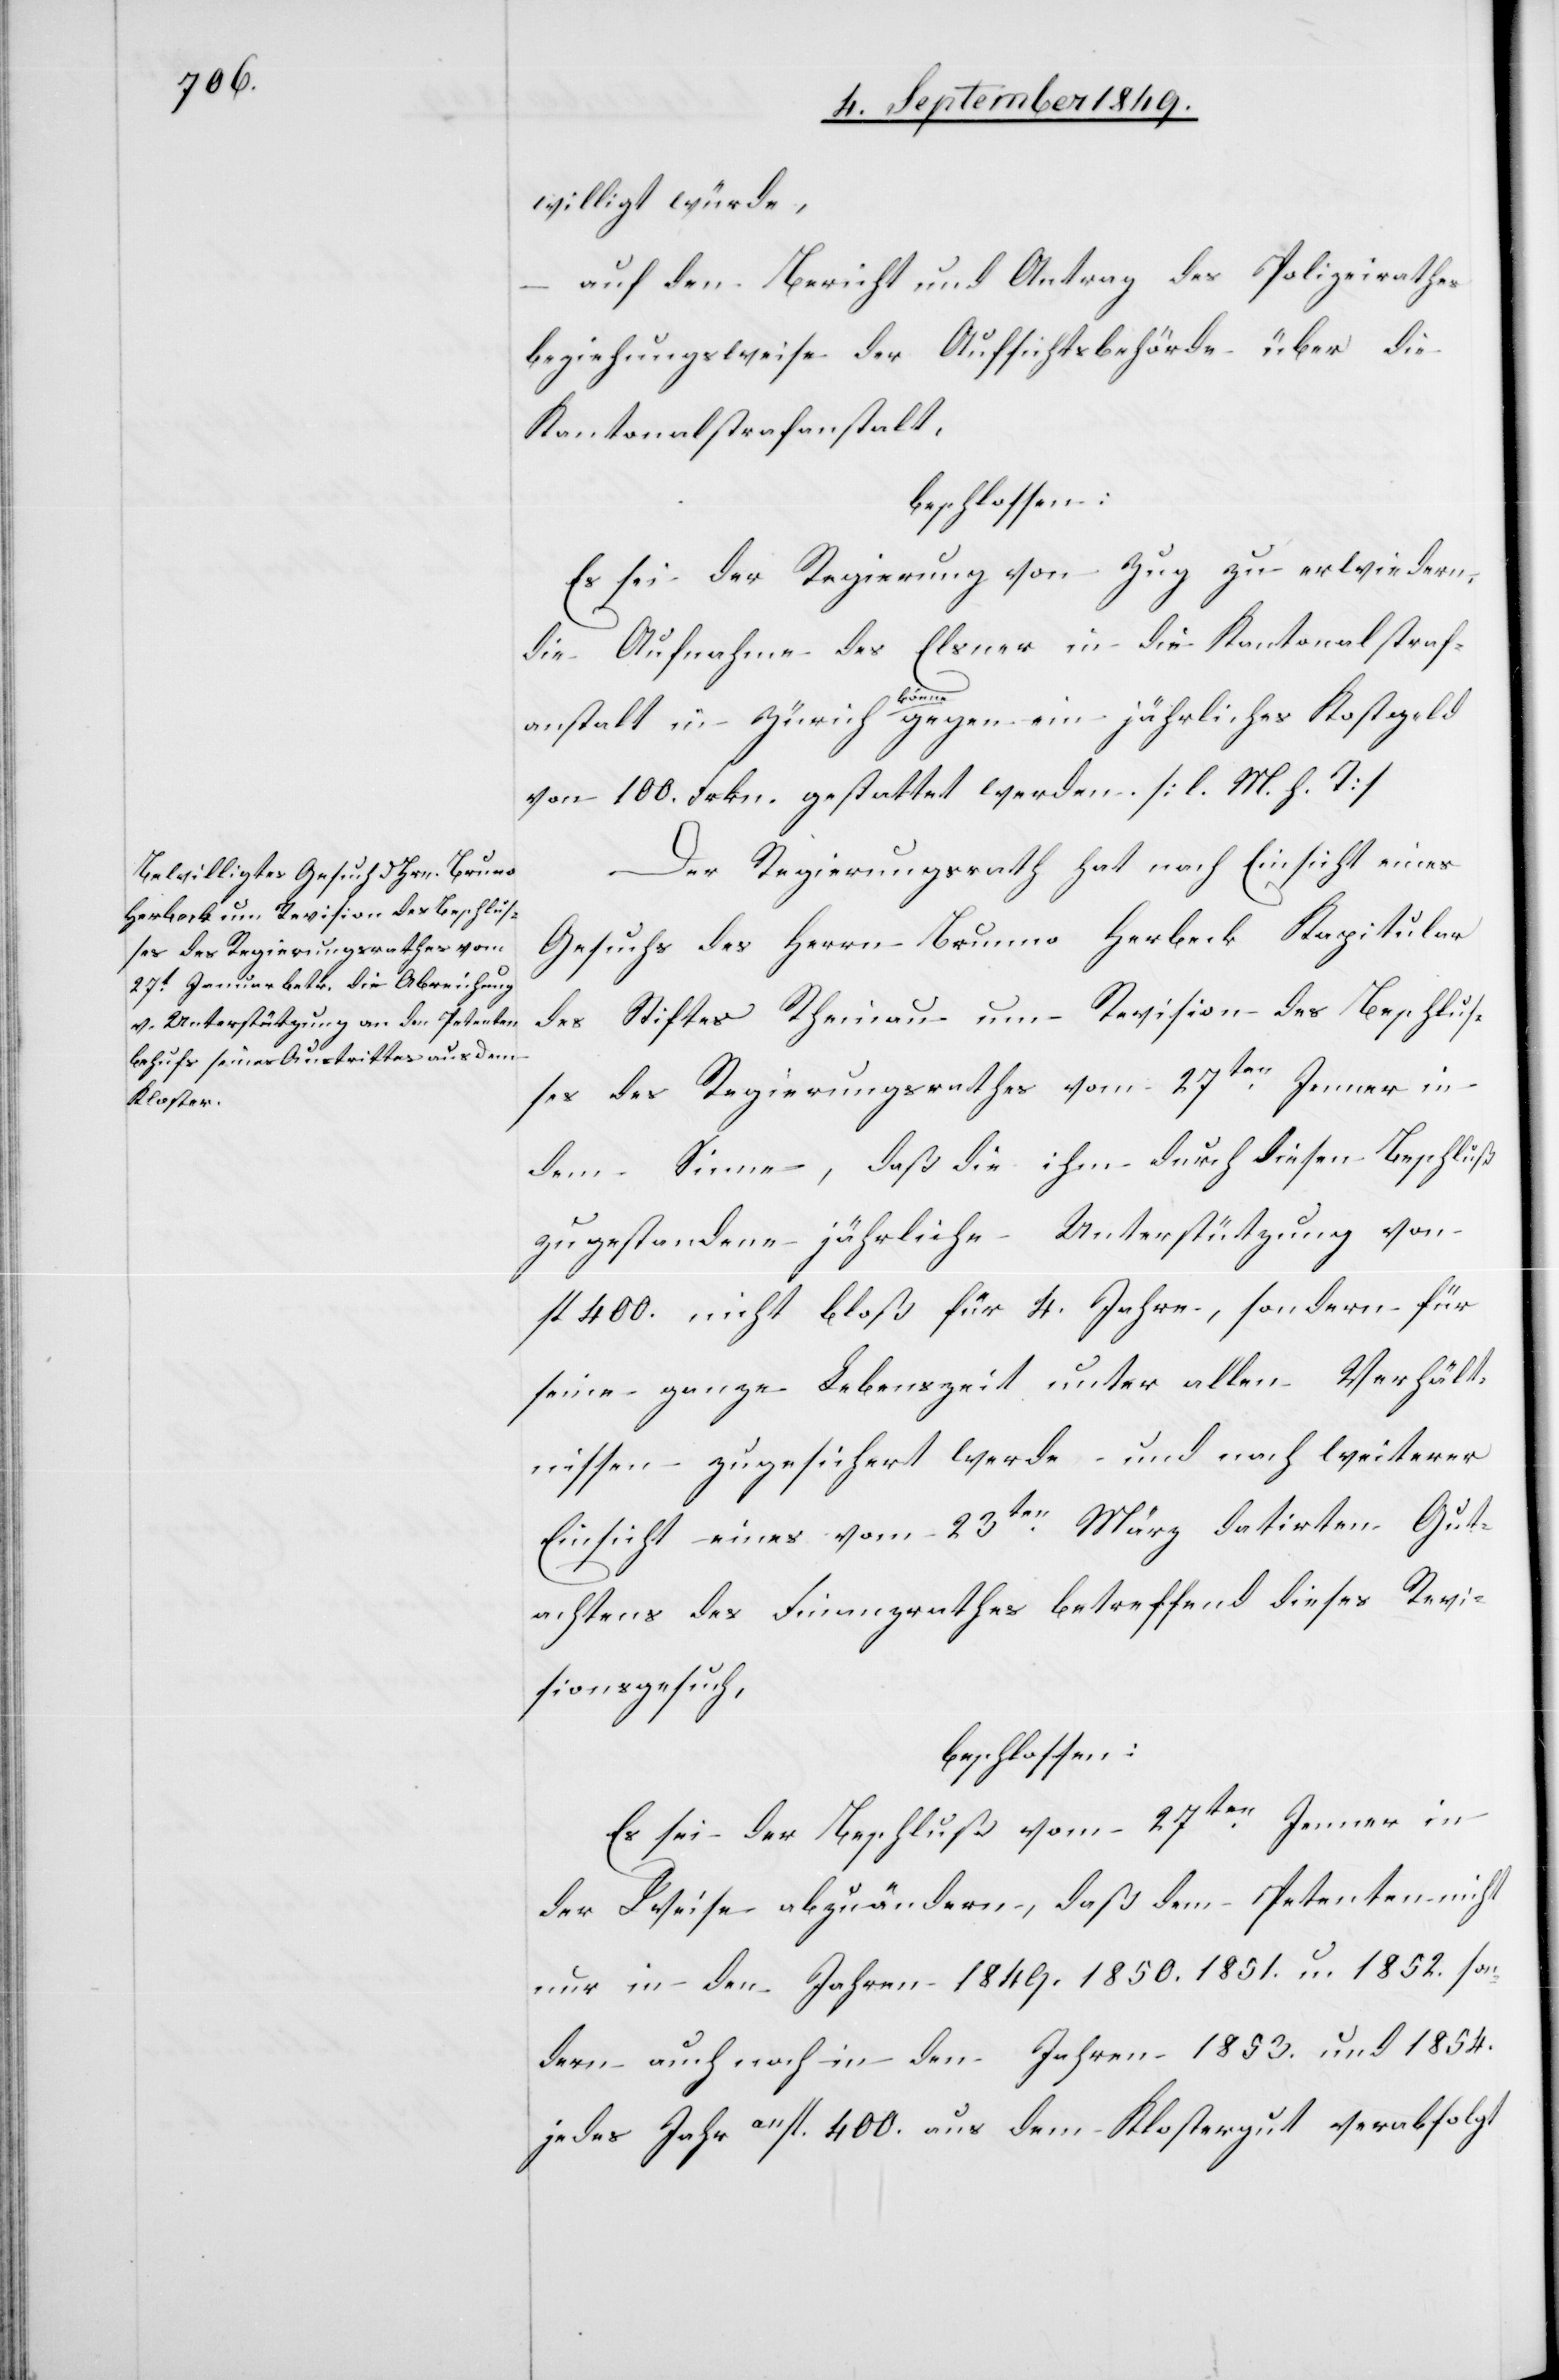
willigt würde,
auf den Bericht und Antrag des Polizeirathes
beziehungsweise der Aufsichtsbehörde über die
Kantonalstrafanstalt,
beschlossen:
Es sei der Regierung von Zug zu erwiedern,
die Aufnahme des Elsner in die Kantonalstraf¬
anstalt in Zürich könne gegen ein jährliches Kostgeld
von 100. Frkn. gestattet werden. [l. M. h. T]
Der Regierungsrath hat nach Einsicht eines
Gesuchs des Herrn Brunno [sic!] Herbeck Kapitular
des Stiftes Rheinau um Revision des Beschlus¬
ses des Regierungsrathes vom 27ten Jenner in
dem Sinne, daß die ihm durch diesen Beschluß
zugestandene jährliche Unterstützung von
fl. 400. nicht bloß für 4. Jahre, sondern für
seine ganze Lebenszeit unter allen Verhält¬
nissen zugesichert werde und nach weiterer
Einsicht eines vom 23ten März datirten Gut¬
achtens des Finanzrathes betreffend dieses Revi¬
sionsgesuch,
beschlossen:
Es sei der Beschluß vom 27ten Jenner in
der Weise abzuändern, daß dem Petenten nicht
nur in den Jahren 1849. 1850. 1851. und 1852. son¬
dern auch noch in den Jahren 1853. und 1854.
jedes Jahr a11fl. 400. aus dem Klostergut verabfolgt